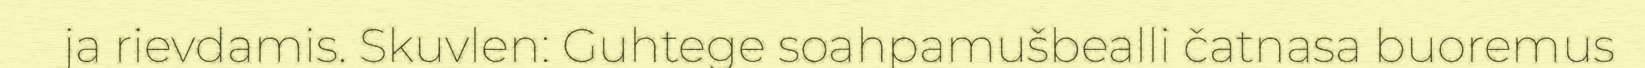
ja rievdamis. Skuvlen: Guhtege soahpamušbealli čatnasa buoremus